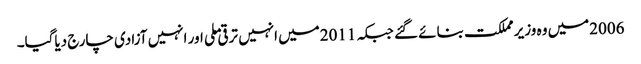
2006میں وہ وزیر مملکت بنائے گئے جبکہ 2011میں انہیں ترقی ملی اور انہیں آزادی چارج دیاگیا۔